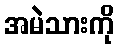
အမဲသားကို